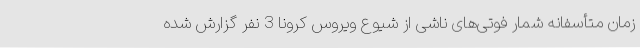
زمان متأسفانه شمار فوتی‌های ناشی از شیوع ویروس کرونا 3 نفر گزارش شده